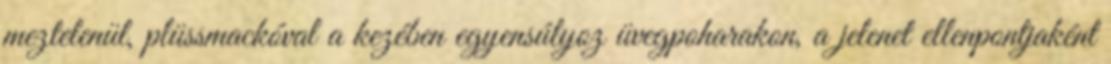
meztelenül, plüssmackóval a kezében egyensúlyoz üvegpoharakon, a jelenet ellenpontjaként